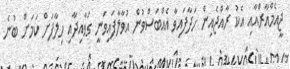
ޖީއެމްއާރްއާއި އެކު ރާއްޖެއިން ހަދާފައިވާ އެއްބަސްވުން އުވާލާފައިވަނީ ގަވާއިދާއި ހިލާފަށް ކަމަށް ބުނެ